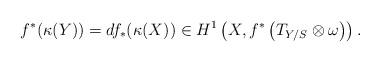
LaTeX: \begin{align*} f^*(\kappa(Y)) = df_*(\kappa(X)) \in H^1\left(X, f^* \left( T_{Y/S} \otimes \omega\right)\right).\end{align*}